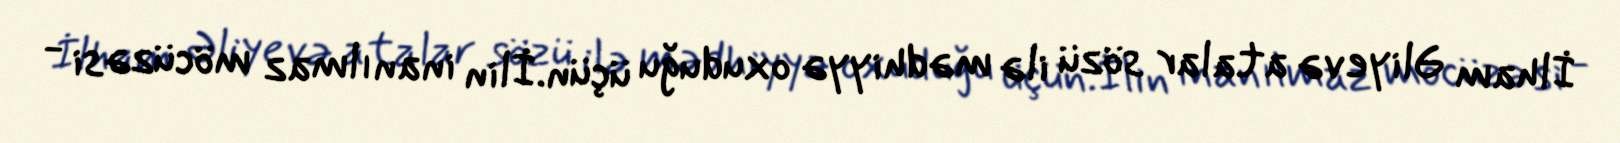
İlham Əliyevə atalar sözü ilə mədhiyyə oxuduğu üçün.İlin inanılmaz möcüzəsi -